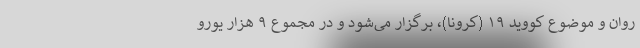
روان و موضوع کووید ۱۹ (کرونا)، برگزار می‌شود و در مجموع ۹ هزار یورو